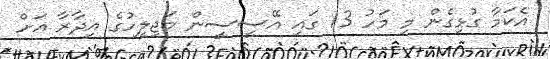
އެކަމާ ގުޅިގެން މި މަހު 13 ގައި އޭސީސީން މަޖިލީހުގެ އިދާރާ އަށް